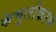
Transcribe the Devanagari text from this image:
केचुलीकरण